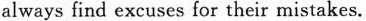
always find excuses for their mistakes.